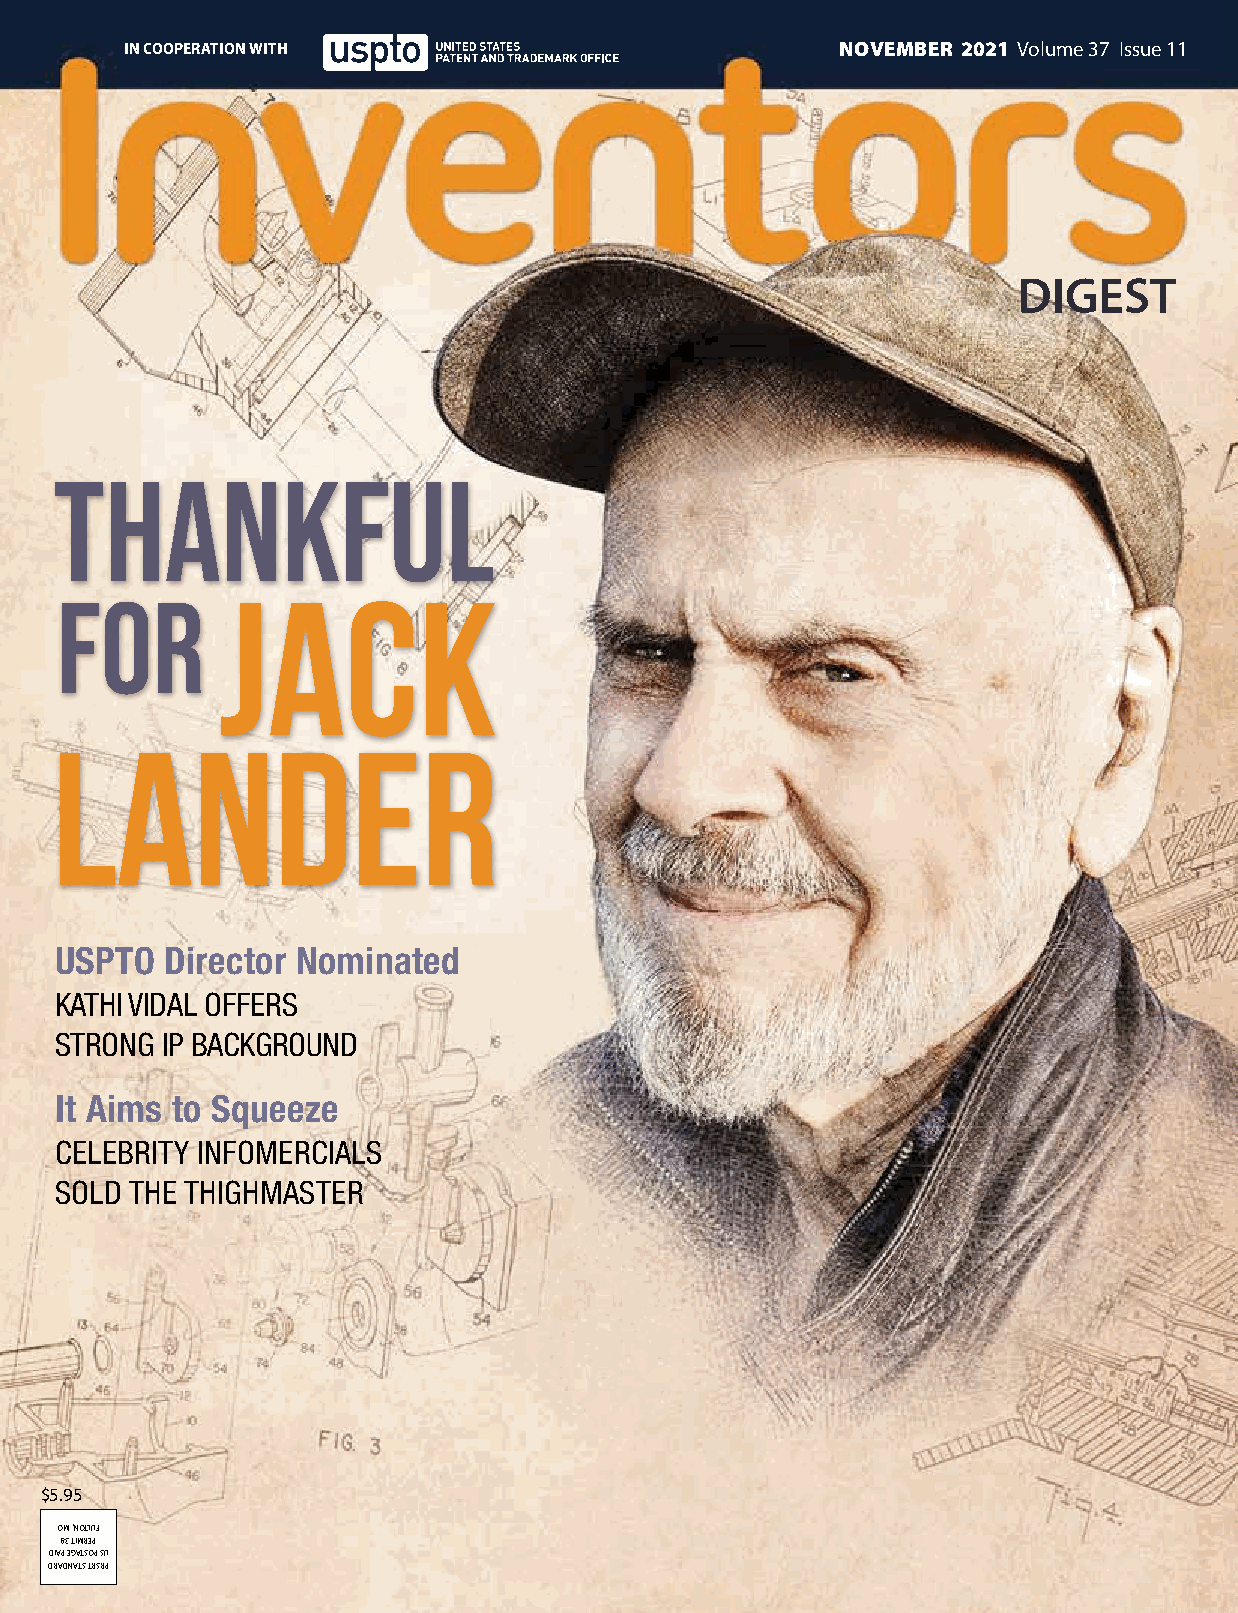
IN COOPERATION WITH                             NOVEMBER 2021 Volume 37 Issue 11
 DIGEST
 USPTO  Director Nominated
 KATHI VIDAL OFFERS
 STRONG IP BACKGROUND
 It Aims to Squeeze
 CELEBRITY INFOMERCIALS
 SOLD THE THIGHMASTER
 $5.95
 OOMM ,,NNOOTTLLUUFF
 8833 TTIIMMRREEPP
 DDIIAAPP EEGGAATTSSOOPP SSUU
 DDRRAADDNNAATTSS TTRRSSRRPP